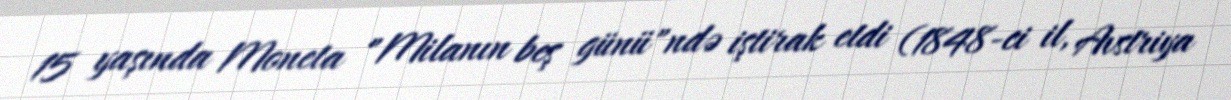
15 yaşında Moneta "Milanın beş günü"ndə iştirak etdi (1848-ci il, Avstriya